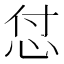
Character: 怤